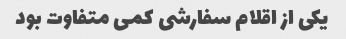
یکی از اقلام سفارشی کمی متفاوت بود